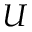
U